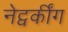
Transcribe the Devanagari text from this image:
नेट्वर्कींग